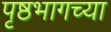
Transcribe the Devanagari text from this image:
पृष्ठभागच्या